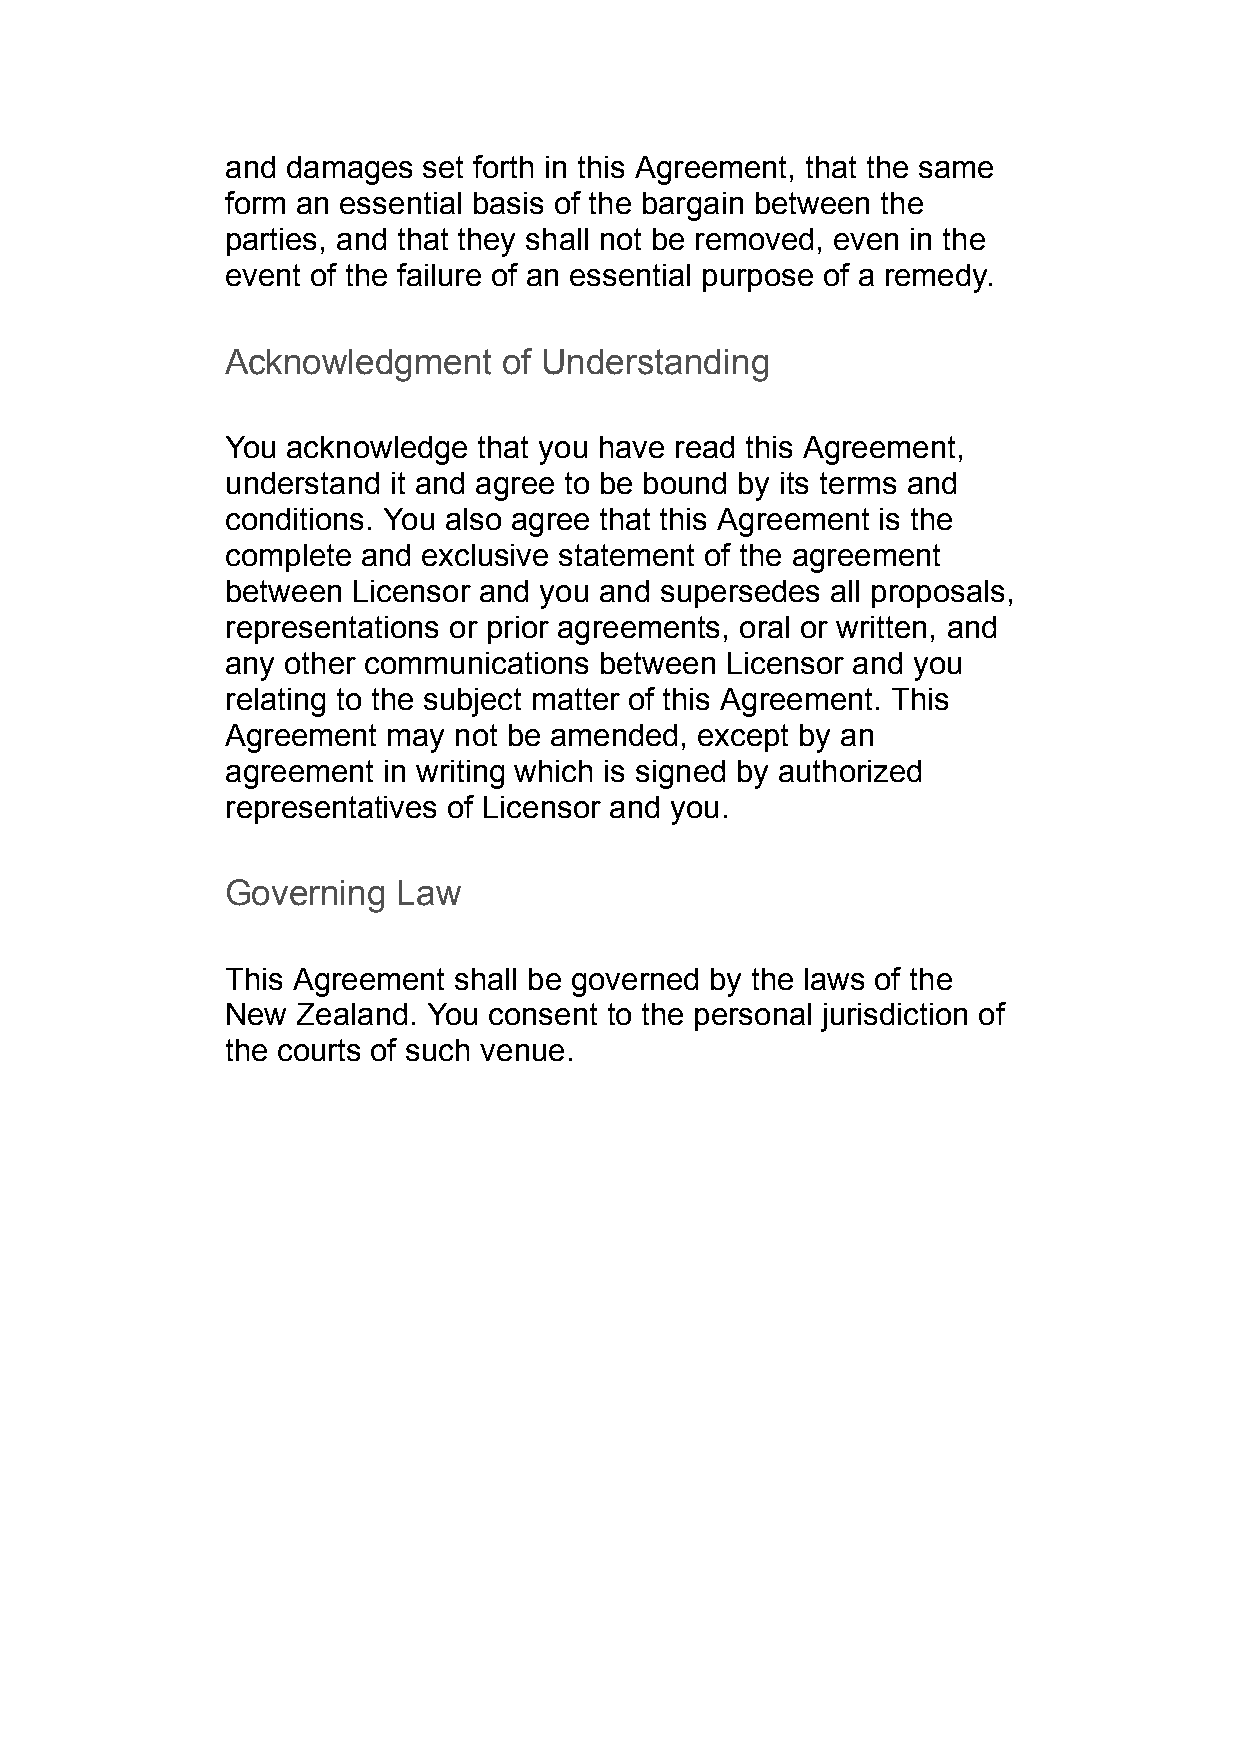
and damages  set forth in this Agreement, that the same
 form an essential basis of the bargain between the
 parties, and that they shall not be removed, even in the
 event of the failure of an essential purpose of a remedy.
 Acknowledgment    of Understanding
 You acknowledge  that you have read this Agreement,
 understand it and agree to be bound by its terms and
 conditions. You also agree that this Agreement is the
 complete and exclusive statement of the agreement
 between Licensor and you and supersedes all proposals,
 representations or prior agreements, oral or written, and
 any other communications between Licensor and you
 relating to the subject matter of this Agreement. This
 Agreement  may not be amended, except by an
 agreement in writing which is signed by authorized
 representatives of Licensor and you.
 Governing  Law
 This Agreement shall be governed by the laws of the
 New  Zealand. You consent to the personal jurisdiction of
 the courts of such venue.